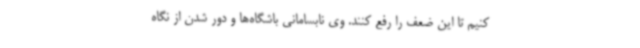
کنیم تا این ضعف را رفع کنند. وی نابسامانی باشگاه‌ها و دور شدن از نگاه